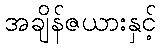
အချိန်ဇယားနှင့်